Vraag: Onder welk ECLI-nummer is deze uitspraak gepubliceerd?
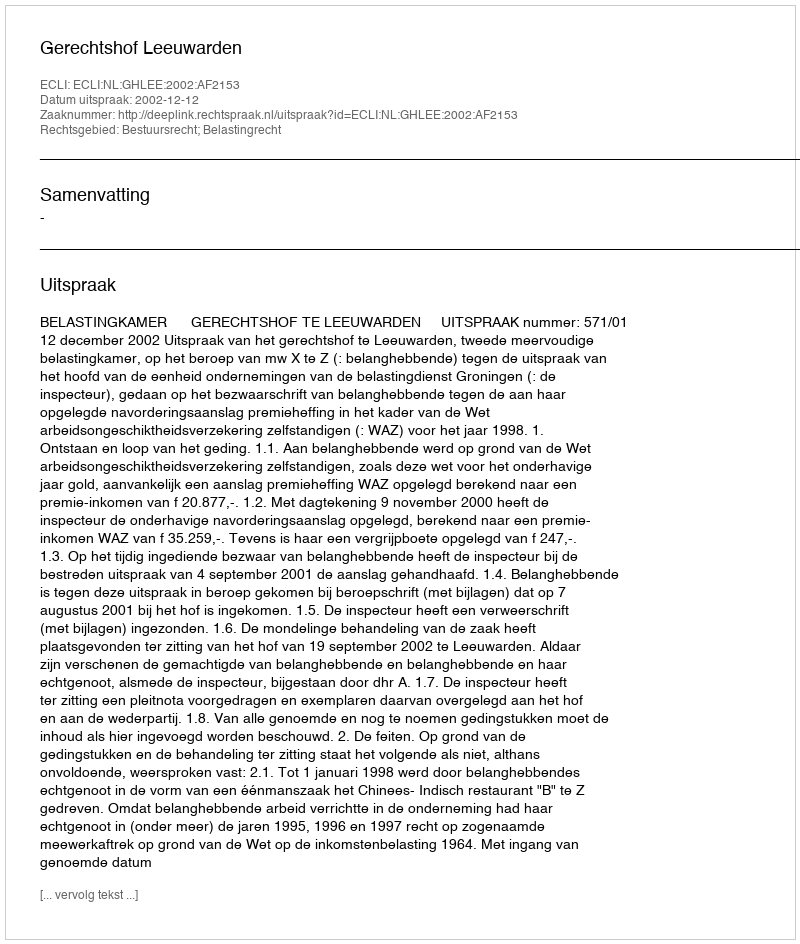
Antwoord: ECLI:NL:GHLEE:2002:AF2153